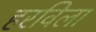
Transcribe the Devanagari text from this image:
हरविला